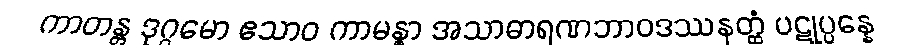
ကာတန္တ ဒုဂ္ဂမော ဧသာဝ ကာမန္ဓာ အသာဓာရဏဘာဝဒဿနတ္ထံ ပဋုပ္ပန္နေ